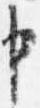
申